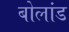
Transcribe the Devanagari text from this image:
बोलांड